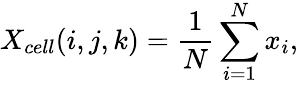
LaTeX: {X_{cell}}(i,j,k)=\frac{1}{N}\sum_{i=1}^{N}x_{i},